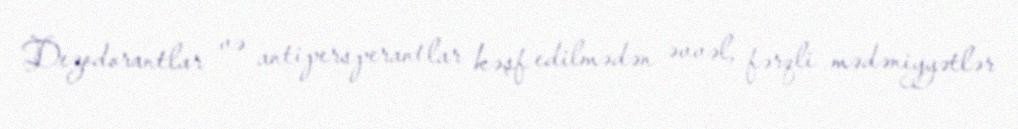
Dezodorantlar və antipersperantlar kəşf edilmədən əvvəl, fərqli mədəniyyətlər